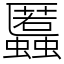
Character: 䘌